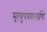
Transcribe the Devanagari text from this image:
मृत्युपत्रकर्त्याचे